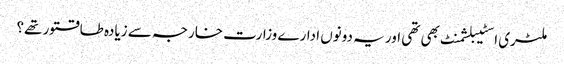
ملٹری اسٹیبلشمنٹ بھی تھی اور یہ دونوں ادارے وزارت خارجہ سے زیادہ طاقتور تھے؟